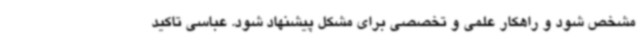
مشخص شود و راهکار علمی و تخصصی برای مشکل پیشنهاد شود. عباسی تاکید